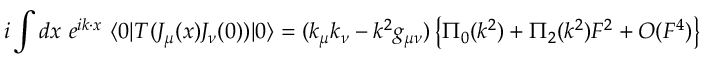
i \int d x ~ e ^ { i k \cdot x } ~ \langle 0 | T ( J _ { \mu } ( x ) J _ { \nu } ( 0 ) ) | 0 \rangle = ( k _ { \mu } k _ { \nu } - k ^ { 2 } g _ { \mu \nu } ) \left\{ \Pi _ { 0 } ( k ^ { 2 } ) + \Pi _ { 2 } ( k ^ { 2 } ) F ^ { 2 } + O ( F ^ { 4 } ) \right\}